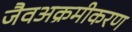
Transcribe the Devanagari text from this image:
जैवअक्रमीकरण